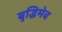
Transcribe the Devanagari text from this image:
बुद्धिमेव